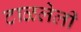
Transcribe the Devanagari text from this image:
टाळलेली